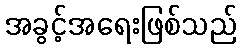
အခွင့်အရေးဖြစ်သည်